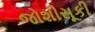
જોશીસૂકી